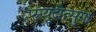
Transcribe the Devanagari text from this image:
प्सयूदोत्सुगा